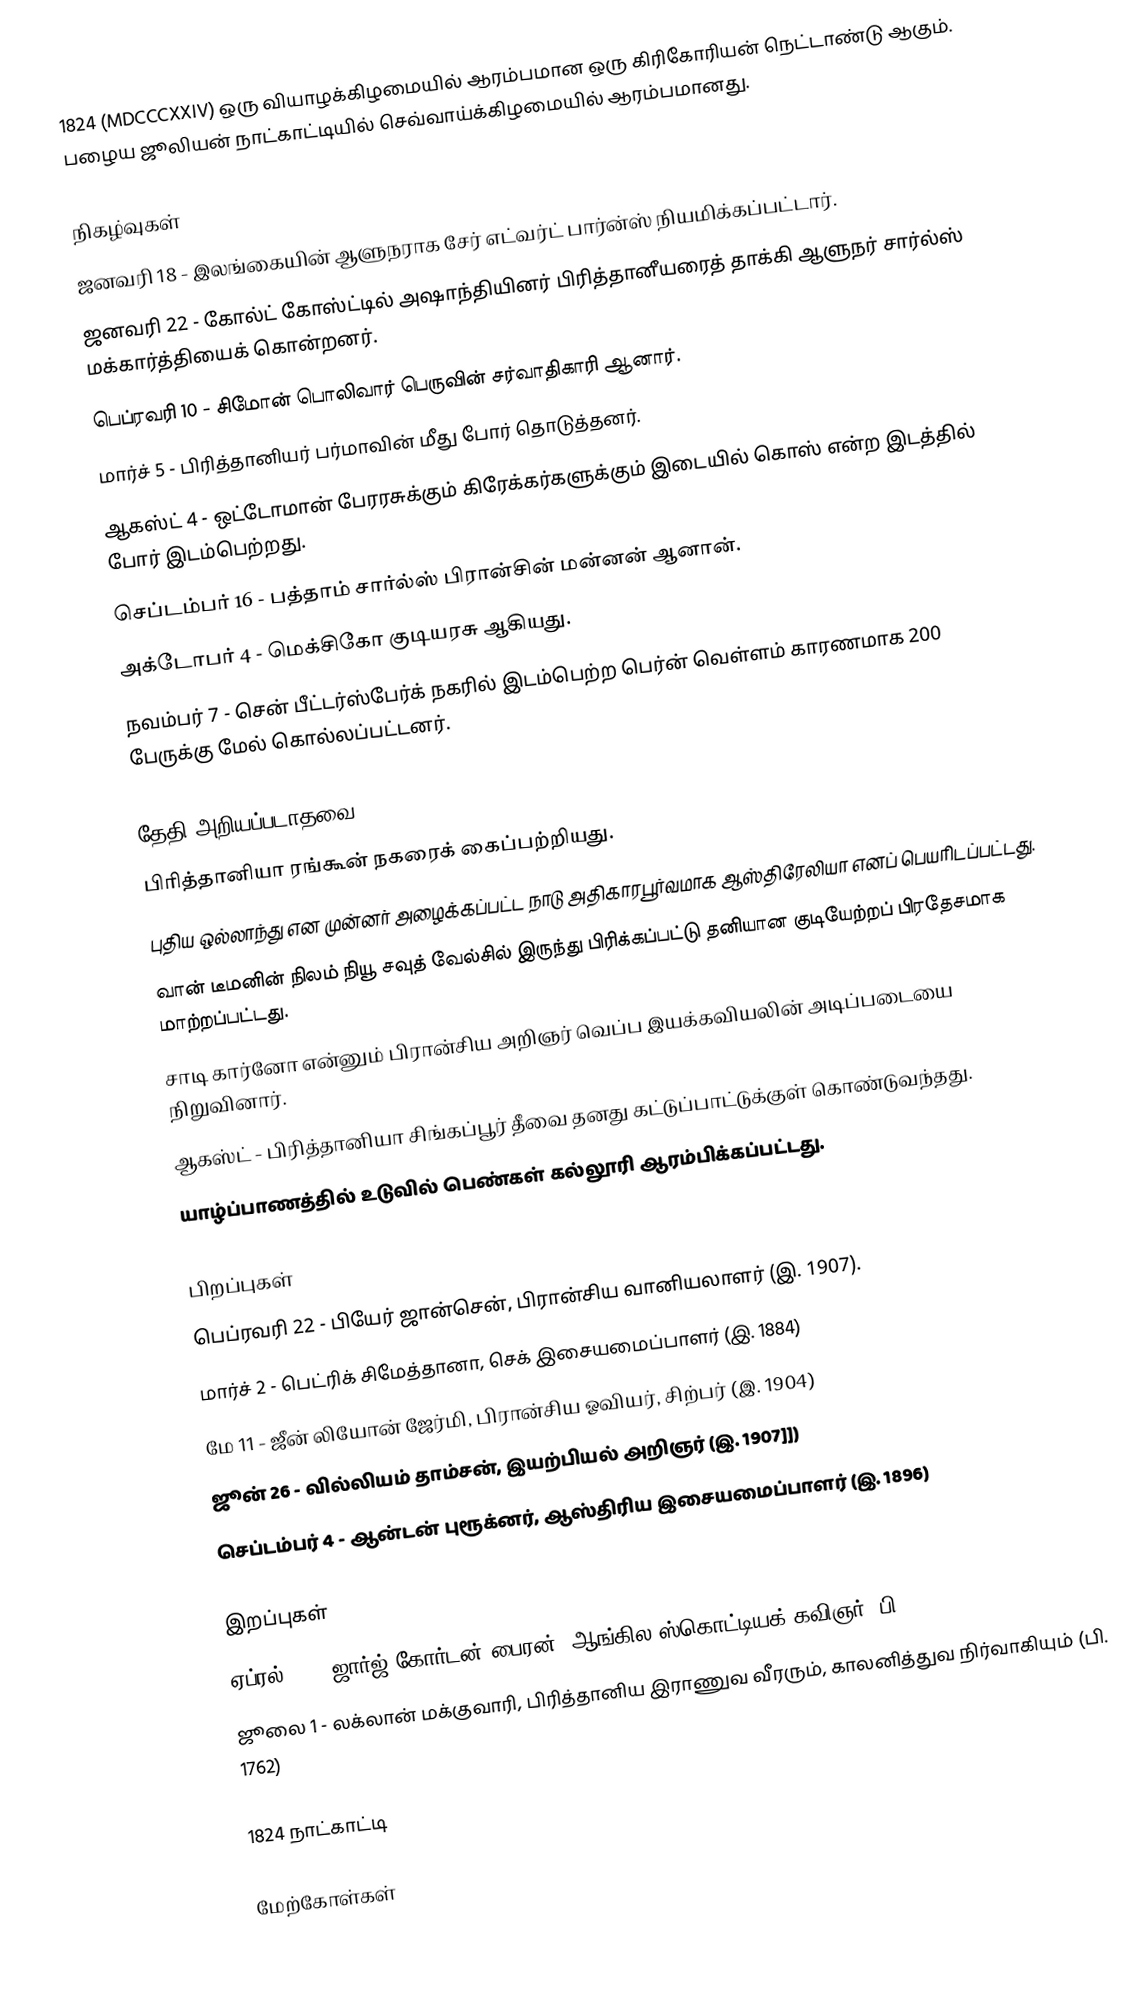
1824  (MDCCCXXIV) ஒரு வியாழக்கிழமையில் ஆரம்பமான ஒரு கிரிகோரியன் நெட்டாண்டு ஆகும். பழைய ஜூலியன் நாட்காட்டியில் செவ்வாய்க்கிழமையில் ஆரம்பமானது.

நிகழ்வுகள்
 ஜனவரி 18 - இலங்கையின் ஆளுநராக சேர் எட்வர்ட் பார்ன்ஸ் நியமிக்கப்பட்டார்.
 ஜனவரி 22 - கோல்ட் கோஸ்ட்டில் அஷாந்தியினர் பிரித்தானீயரைத் தாக்கி ஆளுநர் சார்ல்ஸ் மக்கார்த்தியைக் கொன்றனர்.
 பெப்ரவரி 10 - சிமோன் பொலிவார் பெருவின் சர்வாதிகாரி ஆனார்.
 மார்ச் 5 - பிரித்தானியர் பர்மாவின் மீது போர் தொடுத்தனர்.
 ஆகஸ்ட் 4 - ஒட்டோமான் பேரரசுக்கும் கிரேக்கர்களுக்கும் இடையில் கொஸ் என்ற இடத்தில் போர் இடம்பெற்றது.
 செப்டம்பர் 16 - பத்தாம் சார்ல்ஸ் பிரான்சின் மன்னன் ஆனான்.
 அக்டோபர் 4 - மெக்சிகோ குடியரசு ஆகியது.
 நவம்பர் 7 - சென் பீட்டர்ஸ்பேர்க் நகரில் இடம்பெற்ற பெர்ன் வெள்ளம் காரணமாக 200 பேருக்கு மேல் கொல்லப்பட்டனர்.

தேதி அறியப்படாதவை
 பிரித்தானியா ரங்கூன் நகரைக் கைப்பற்றியது.
 புதிய ஒல்லாந்து என முன்னர் அழைக்கப்பட்ட நாடு அதிகாரபூர்வமாக ஆஸ்திரேலியா எனப் பெயரிடப்பட்டது.
 வான் டீமனின் நிலம் நியூ சவுத் வேல்சில் இருந்து பிரிக்கப்பட்டு தனியான குடியேற்றப் பிரதேசமாக மாற்றப்பட்டது.
 சாடி கார்னோ என்னும் பிரான்சிய அறிஞர் வெப்ப இயக்கவியலின் அடிப்படையை நிறுவினார்.
 ஆகஸ்ட் - பிரித்தானியா சிங்கப்பூர் தீவை தனது கட்டுப்பாட்டுக்குள் கொண்டுவந்தது.
 யாழ்ப்பாணத்தில் உடுவில் பெண்கள் கல்லூரி ஆரம்பிக்கப்பட்டது.

பிறப்புகள்
 பெப்ரவரி 22 - பியேர் ஜான்சென், பிரான்சிய வானியலாளர் (இ. 1907).
 மார்ச் 2 - பெட்ரிக் சிமேத்தானா,  செக் இசையமைப்பாளர் (இ. 1884)
 மே 11 - ஜீன் லியோன் ஜேர்மி, பிரான்சிய ஓவியர், சிற்பர் (இ. 1904)
 ஜூன் 26 - வில்லியம் தாம்சன், இயற்பியல் அறிஞர் (இ. 1907]])
 செப்டம்பர் 4 - ஆன்டன் புரூக்னர், ஆஸ்திரிய இசையமைப்பாளர் (இ. 1896)

இறப்புகள்
 ஏப்ரல் 19 - ஜார்ஜ் கோர்டன் பைரன், ஆங்கில-ஸ்கொட்டியக் கவிஞர் (பி. 1788)
 ஜூலை 1 - லக்லான் மக்குவாரி, பிரித்தானிய இராணுவ வீரரும், காலனித்துவ நிர்வாகியும் (பி. 1762)

1824 நாட்காட்டி

மேற்கோள்கள்